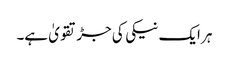
ہر ایک نیکی کی جڑ تقویٰ ہے۔